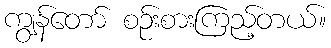
ကျွန်တော် စဉ်းစားကြည့်တယ်။